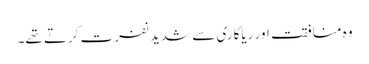
وہ منافقت اور ریاکاری سے شدید نفرت کرتے تھے۔